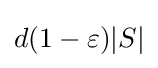
d(1-\varepsilon )|S|